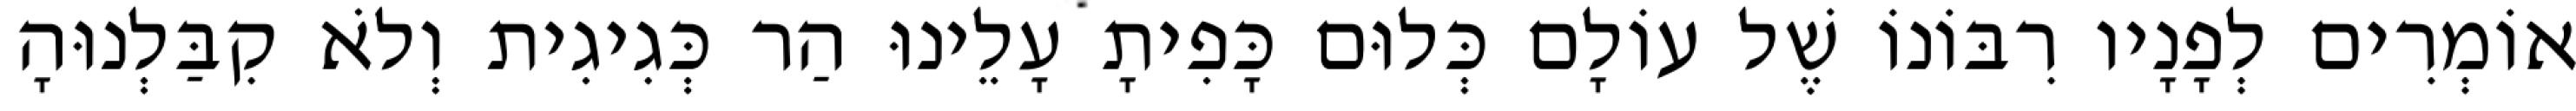
אוֹמְרִים לְפָנָיו רִבּוֹנוֹ שֶׁל עוֹלָם כְּלוּם כָּפִיתָ עָלֵינוּ הַר כְּגִיגִית וְלֹא קִבַּלְנוּהָ